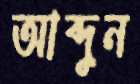
আব্দুন